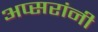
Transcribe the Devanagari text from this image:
अप्सरांनी